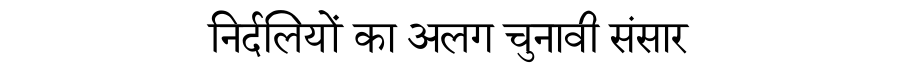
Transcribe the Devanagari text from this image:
निर्दलियों का अलग चुनावी संसार